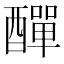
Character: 𨢿